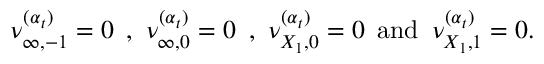
\, \nu _ { \infty , - 1 } ^ { ( \boldsymbol { \alpha } _ { t } ) } = 0 \, \mathrm { ~ , ~ } \, \nu _ { \infty , 0 } ^ { ( \boldsymbol { \alpha } _ { t } ) } = 0 \, \mathrm { ~ , ~ } \, \nu _ { { X _ { 1 } } , 0 } ^ { ( \boldsymbol { \alpha } _ { t } ) } = 0 \, \mathrm { ~ a n d ~ } \, \nu _ { { X _ { 1 } } , 1 } ^ { ( \boldsymbol { \alpha } _ { t } ) } = 0 .